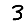
Digit: 3